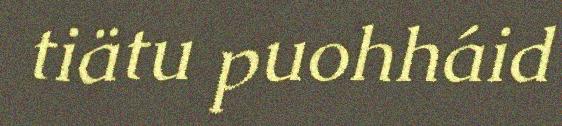
tiätu puohháid